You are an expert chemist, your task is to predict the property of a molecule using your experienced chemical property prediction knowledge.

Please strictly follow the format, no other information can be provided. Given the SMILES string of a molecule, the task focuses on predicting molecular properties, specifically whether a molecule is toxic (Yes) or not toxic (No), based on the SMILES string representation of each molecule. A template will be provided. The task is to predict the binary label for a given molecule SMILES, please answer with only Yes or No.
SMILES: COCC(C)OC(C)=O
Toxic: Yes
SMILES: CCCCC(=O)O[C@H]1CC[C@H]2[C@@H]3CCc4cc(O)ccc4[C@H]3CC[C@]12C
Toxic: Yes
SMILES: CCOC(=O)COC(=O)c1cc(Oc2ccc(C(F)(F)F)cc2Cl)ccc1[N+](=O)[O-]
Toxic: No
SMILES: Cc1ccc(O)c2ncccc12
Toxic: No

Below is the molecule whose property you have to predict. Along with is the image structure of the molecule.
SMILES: ClCCOCCCl
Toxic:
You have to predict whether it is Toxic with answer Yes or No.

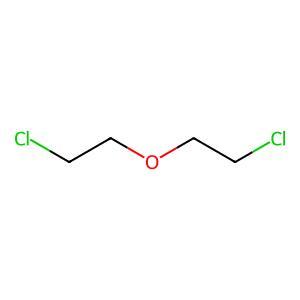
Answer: No